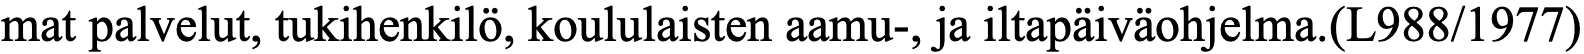
mat palvelut, tukihenkilö, koululaisten aamu-, ja iltapäiväohjelma.(L988/1977)